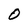
Character: O